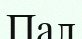
Пал